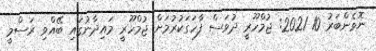
ނޮވެންބަރު 10 2021: ޖުމްހޫރީ ދުވަސް ފާހަގަކުރުމަށް ޖުމްހޫރީ މައިދާނުގައި ބޭއްވި ރަސްމީ